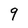
Character: 9